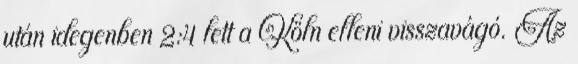
után idegenben 2:4 lett a Köln elleni visszavágó. Az